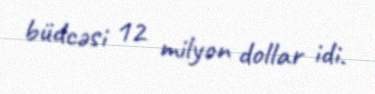
büdcəsi 12 milyon dollar idi.